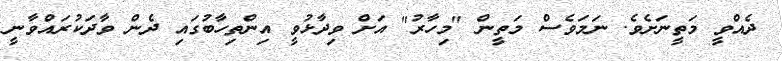
ދެއްވީ މަތީނަށެވެ. ނަމަވެސް މަތީން "މިހާރު" އަށް ވިދާޅުވީ އިންތިހާބުގައި ދެން ވާދަކުރައްވާނީ